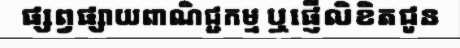
ផ្សព្វផ្សាយពាណិជ្ជកម្ម ឬផ្ញើលិខិតជូន